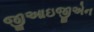
જીઆઇજીએન